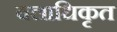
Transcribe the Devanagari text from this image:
बलाधिकृत